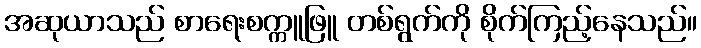
အဆုယာသည် စာရေးစက္ကူဖြူ တစ်ရွက်ကို စိုက်ကြည့်နေသည်။